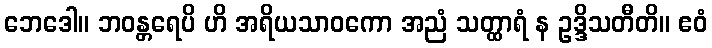
ဘေဒေါ။ ဘဝန္တရေပိ ဟိ အရိယသာဝကော အညံ သတ္ထာရံ န ဥဒ္ဒိသတီတိ။ ဧဝံ